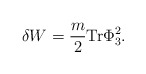
\begin{align*}\delta W = {m \over 2} \mbox{Tr} \Phi_3 ^2 .\end{align*}